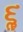
૬ૢ